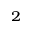
^ 2